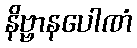
နိဗ္ဗာနပေါဏံ